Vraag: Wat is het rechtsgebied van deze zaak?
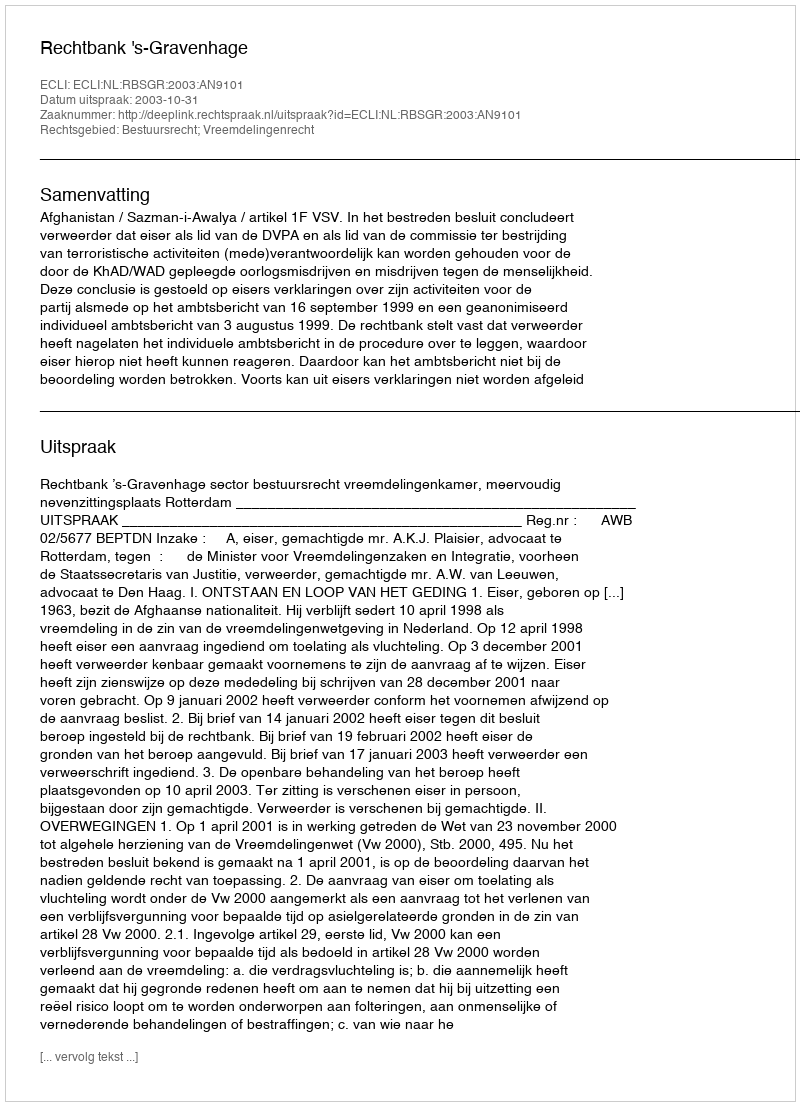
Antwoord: Bestuursrecht; Vreemdelingenrecht